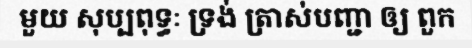
មួយ សុប្បពុទ្ធៈ ទ្រង់ ត្រាស់បញ្ជា ឲ្យ ពួក